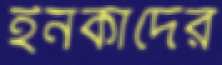
ইনকাদের